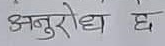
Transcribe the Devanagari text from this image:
अनुरोध छ